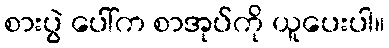
စားပွဲ ပေါ်က စာအုပ်ကို ယူပေးပါ။